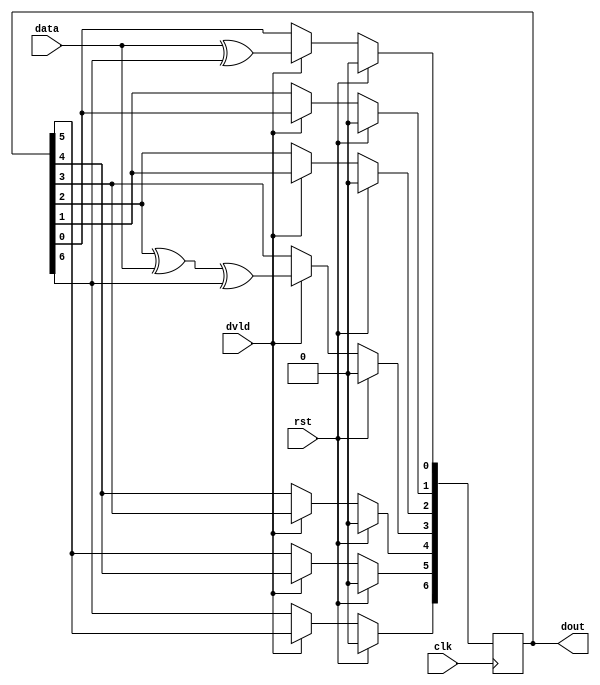
module crc7_d1(
    input        clk,
    input        rst,
    input        data,
    input        dvld,
    output [6:0] dout
  );

  reg [6:0] crc;
  /* TODO: this is wrong */

  always @(posedge clk) begin
    if (rst) begin
      crc <= 0;
    end else begin
      if (dvld) begin
        crc[0] <= data ^ crc[6];
        crc[1] <= crc[0];
        crc[2] <= crc[1];
        crc[3] <= crc[2] ^ data ^ crc[6];
        crc[4] <= crc[3];
        crc[5] <= crc[4];
        crc[6] <= crc[5];
      end
    end
  end
  assign dout = crc;

endmodule